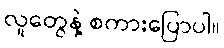
လူတွေနဲ့ စကားပြောပါ။